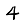
Digit: 4